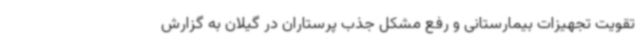
تقویت تجهیزات بیمارستانی و رفع مشکل جذب پرستاران در گیلان به گزارش